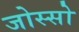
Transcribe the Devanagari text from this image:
जोस्सो